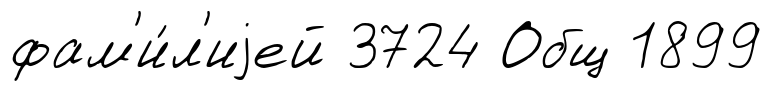
фам'и́л'иjей 3724 Общ 1899